Indian journal of veterinary science and animal husbandry - Volume 11,
Year: 1941
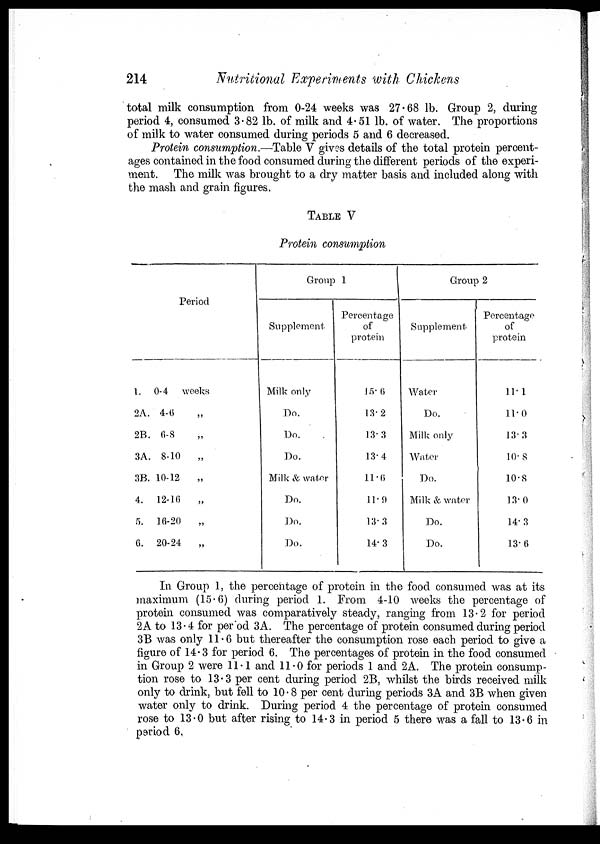
214
Nutritional Experiments with Chickens
total milk consumption from 0-24 weeks was 27.68 lb. Group 2, during
period 4, consumed 3.82 lb. of milk and 4.51 lb. of water. The proportions
of milk to water consumed during periods 5 and 6 decreased.
Protein consumption.—Table V gives details of the total protein percent-
ages contained in the food consumed during the different periods of the experi-
ment. The milk was brought to a dry matter basis and included along with
the mash and grain figures.
TABLE V
Protein consumption
Period
1. 0-4 weeks
2A. 4-6 „
2B. 0-8 „
3A. 8-10
„
3B. 10-12
„
4. 12-10 „
5. 10-20 „
6. 20-24
„
Group 1
Supplement
Milk only
Do.
Do.
Do.
Milk & water
Do.
Do.
Do.
Percentage
of
protein
15.6
13.2
13. 3
13.4
11.0
11.9
13. 3
14.3
Group 2
Supplement
Water
Do.
Milk only
Water
Do.
Milk & water
Do.
Do.
Percentage
of
protein
11.1
11.0
13.3
10.8
10.8
13.0
14.3
13.6
In Group 1, the percentage of protein in the food consumed was at its
maximum (15.6) during period 1. From 4-10 weeks the percentage of
protein consumed was comparatively steady, ranging from 13.2 for period
2A to 13.4 for period 3A. The percentage of protein consumed during period
3B was only 11.6 but thereafter the consumption rose each period to give a
figure of 14.3 for period 6. The percentages of protein in the food consumed
in Group 2 were 11.1 and 11.0 for periods 1 and 2A. The protein consump-
tion rose to 13.3 per cent during period 2B, whilst the birds received milk
only to drink, but fell to 10.8 per cent during periods 3A and 3B when given
water only to drink. During period 4 the percentage of protein consumed
rose to 13.0 but after rising to 14.3 in period 5 there was a fall to 13.6 in
period 6.